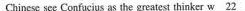
Chinese see Confucius as the greatest thinker \underline{w22}